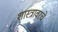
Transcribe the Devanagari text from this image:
शास्त्रावरचे